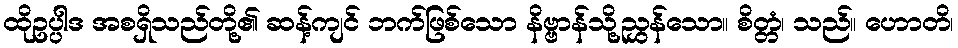
ထိုဥပ္ပါဒ အစရှိသည်တို့၏ ဆန့်ကျင် ဘက်ဖြစ်သော နိဗ္ဗာန်သို့ညွှန်သော။ စိတ္တံ၊ သည်။ ဟောတိ၊